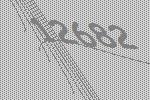
12682